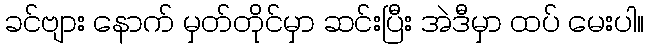
ခင်ဗျား နောက် မှတ်တိုင်မှာ ဆင်းပြီး အဲဒီမှာ ထပ် မေးပါ။